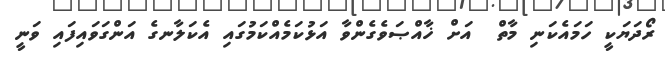
ރޯދަޔަކީ ހަމައެކަނި މާތް  އަށް ޚާއްޞަވެގެންވާ އަޅުކަމެއްކަމުގައި އެކަލާނގެ އަންގަވައިފައި ވަނީ